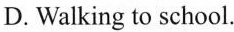
D.Walking to shool.